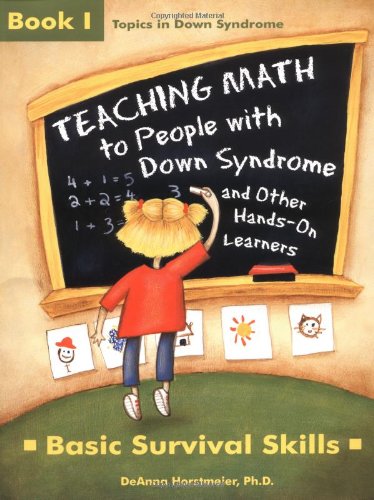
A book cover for Teaching Math to People With Down Syndrome and Other Hands-On Learners: Basic Survival Skills (Topics in Down Syndrome) Book 1; DeAnna Horstmeier; Computers & Technology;